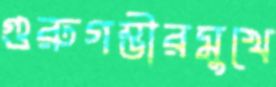
গুরুগম্ভীরমুখে